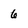
Character: 6